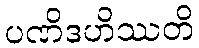
ပဏိဒဟိဿတိ